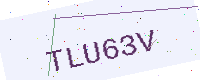
Text: TLU63V